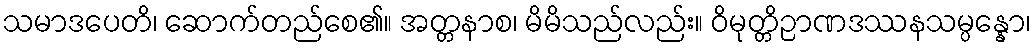
သမာဒပေတိ၊ ဆောက်တည်စေ၏။ အတ္တနာစ၊ မိမိသည်လည်း။ ဝိမုတ္တိဉာဏဒဿနသမ္ပန္နော၊